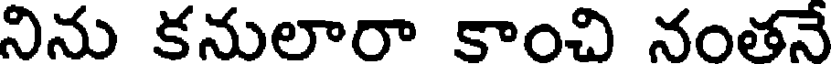
నిను కనులారా కాంచి నంతనే